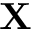
{ \bf X }